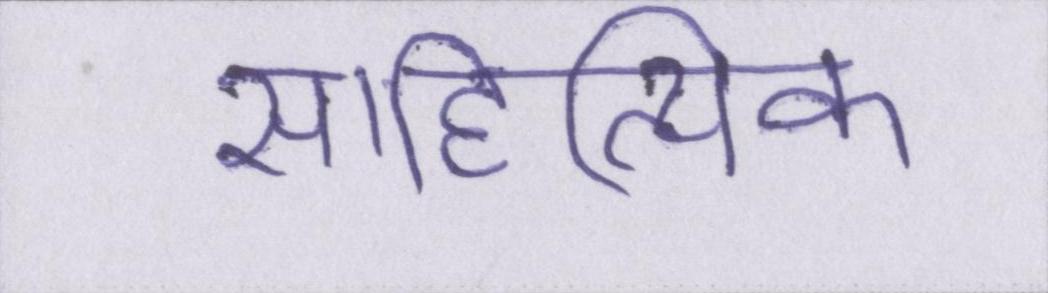
साहित्यिक